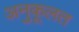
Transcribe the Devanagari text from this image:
अनुकूलत